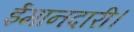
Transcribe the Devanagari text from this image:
ईमानदारी।